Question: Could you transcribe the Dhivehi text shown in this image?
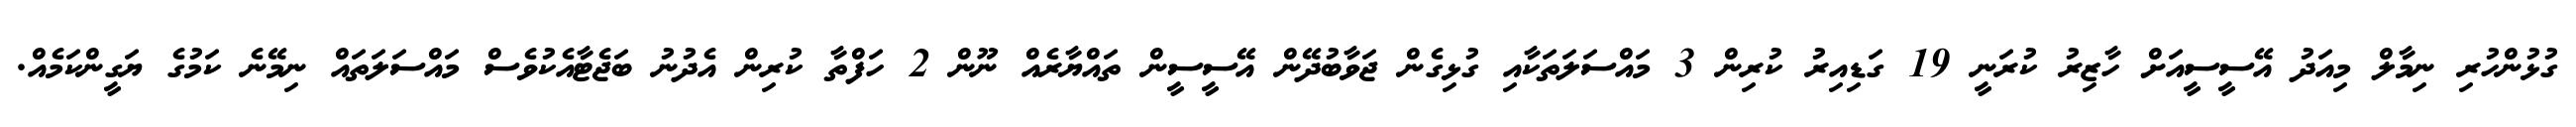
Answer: ގުޅުންހުރި ނިމާލް މިއަދު އޭސީސީއަށް ހާޒިރު ކުރަނީ 19 ގަޑިއިރު ކުރިން 3 މައްސަލަތަކާއި ގުޅިގެން ޖަވާބުދޭން އޭސީސީން ތައްޔާރެއް ނޫން 2 ހަފްތާ ކުރިން އެދުނު ބަޖެޓާއެކުވެސް މައްސަލަތައް ނިމޭނެ ކަމުގެ ޔަގީންކަމެއް.